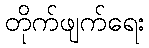
တိုက်ဖျက်ရေး